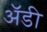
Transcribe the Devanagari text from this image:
अॅडी